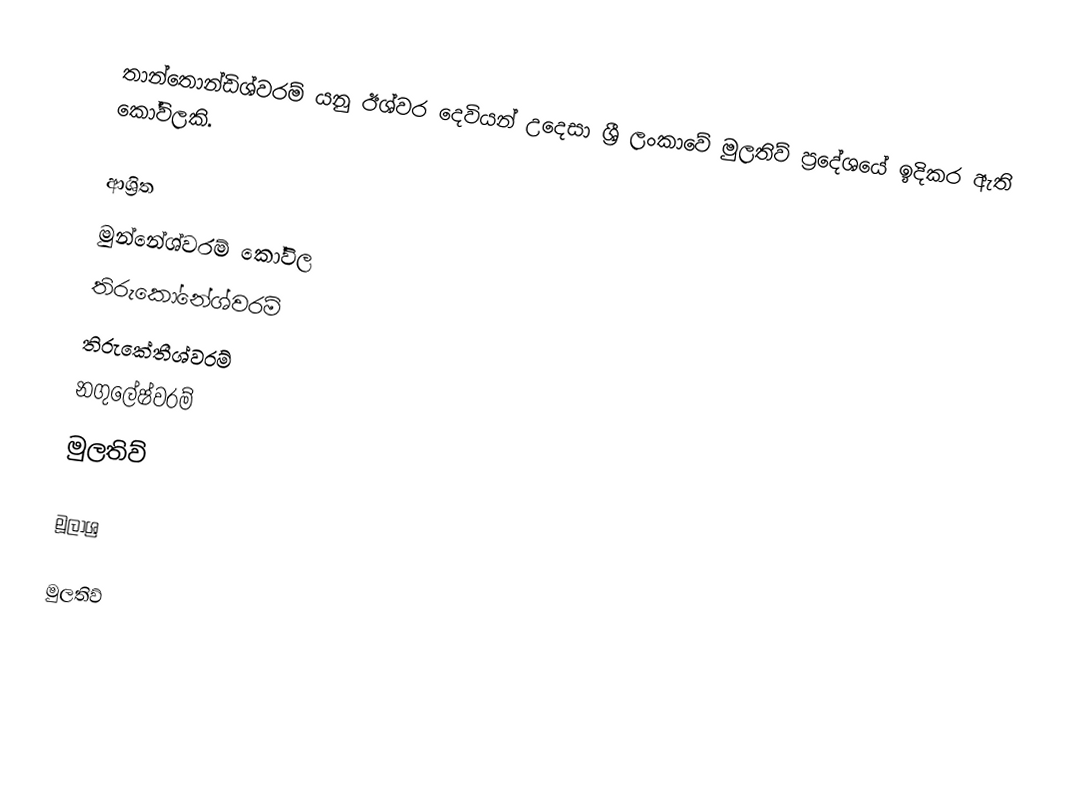
තාන්තොන්ඩිශ්වරම් යනු ඊශ්වර දෙවියන් උදෙසා ශ්‍රී ලංකාවේ මුලතිව් ප්‍රදේශයේ ඉදිකර ඇති කෝවිලකි.

ආශ්‍රිත
 මුන්නේශ්වරම් කෝවිල
 තිරුකෝනේශ්වරම්
 තිරුකේතීශ්වරම්
 නගුලේෂ්වරම්
 මුලතිව්

මූලාශ්‍ර

මුලතිව්